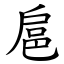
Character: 扈